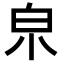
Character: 𤽄